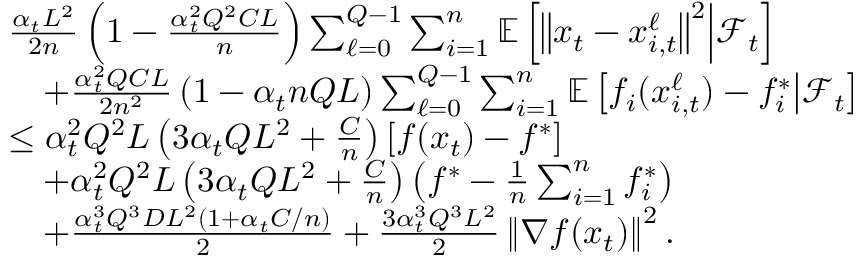
\begin{array} { r l } & { \frac { \alpha _ { t } L ^ { 2 } } { 2 n } \left( 1 - \frac { \alpha _ { t } ^ { 2 } Q ^ { 2 } C L } { n } \right) \sum _ { \ell = 0 } ^ { Q - 1 } \sum _ { i = 1 } ^ { n } \mathbb { E } \left[ \left\Vert x _ { t } - x _ { i , t } ^ { \ell } \right\Vert ^ { 2 } \middle | \mathcal { F } _ { t } \right] } \\ & { \quad + \frac { \alpha _ { t } ^ { 2 } Q C L } { 2 n ^ { 2 } } \left( 1 - \alpha _ { t } n Q L \right) \sum _ { \ell = 0 } ^ { Q - 1 } \sum _ { i = 1 } ^ { n } \mathbb { E } \left[ f _ { i } ( x _ { i , t } ^ { \ell } ) - f _ { i } ^ { * } \middle | \mathcal { F } _ { t } \right] } \\ & { \leq \alpha _ { t } ^ { 2 } Q ^ { 2 } L \left( 3 \alpha _ { t } Q L ^ { 2 } + \frac { C } { n } \right) \left[ f ( x _ { t } ) - f ^ { * } \right] } \\ & { \quad + \alpha _ { t } ^ { 2 } Q ^ { 2 } L \left( 3 \alpha _ { t } Q L ^ { 2 } + \frac { C } { n } \right) \left( f ^ { * } - \frac { 1 } { n } \sum _ { i = 1 } ^ { n } f _ { i } ^ { * } \right) } \\ & { \quad + \frac { \alpha _ { t } ^ { 3 } Q ^ { 3 } D L ^ { 2 } ( 1 + \alpha _ { t } C / n ) } { 2 } + \frac { 3 \alpha _ { t } ^ { 3 } Q ^ { 3 } L ^ { 2 } } { 2 } \left\Vert \nabla f ( x _ { t } ) \right\Vert ^ { 2 } . } \end{array}